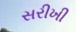
સરીખી